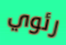
رئوي